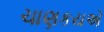
ચાણકયએ